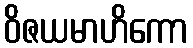
ဝိဇယမာဟိကော